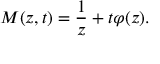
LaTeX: M ( z , t ) = \frac { 1 } { z } + t \varphi ( z ) .